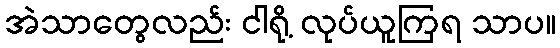
အဲသာတွေလည်း ငါရို့ လုပ်ယူကြရ သာပ။